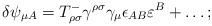
LaTeX: \begin{align*}\delta\psi_{\mu A} = T^-_{\rho\sigma}\gamma^{\rho\sigma} \gamma_\mu\epsilon_{AB} \varepsilon^B +\ldots ;\end{align*}